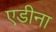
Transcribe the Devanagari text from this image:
एडीना